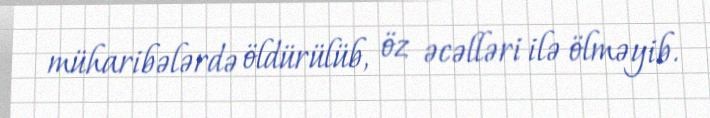
müharibələrdə öldürülüb, öz əcəlləri ilə ölməyib.